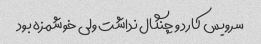
سرویس کارد و چنگال نداشت ولی خوشمزه بود